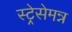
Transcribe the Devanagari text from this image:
स्ट्रेसेमन्न